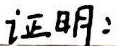
证明：